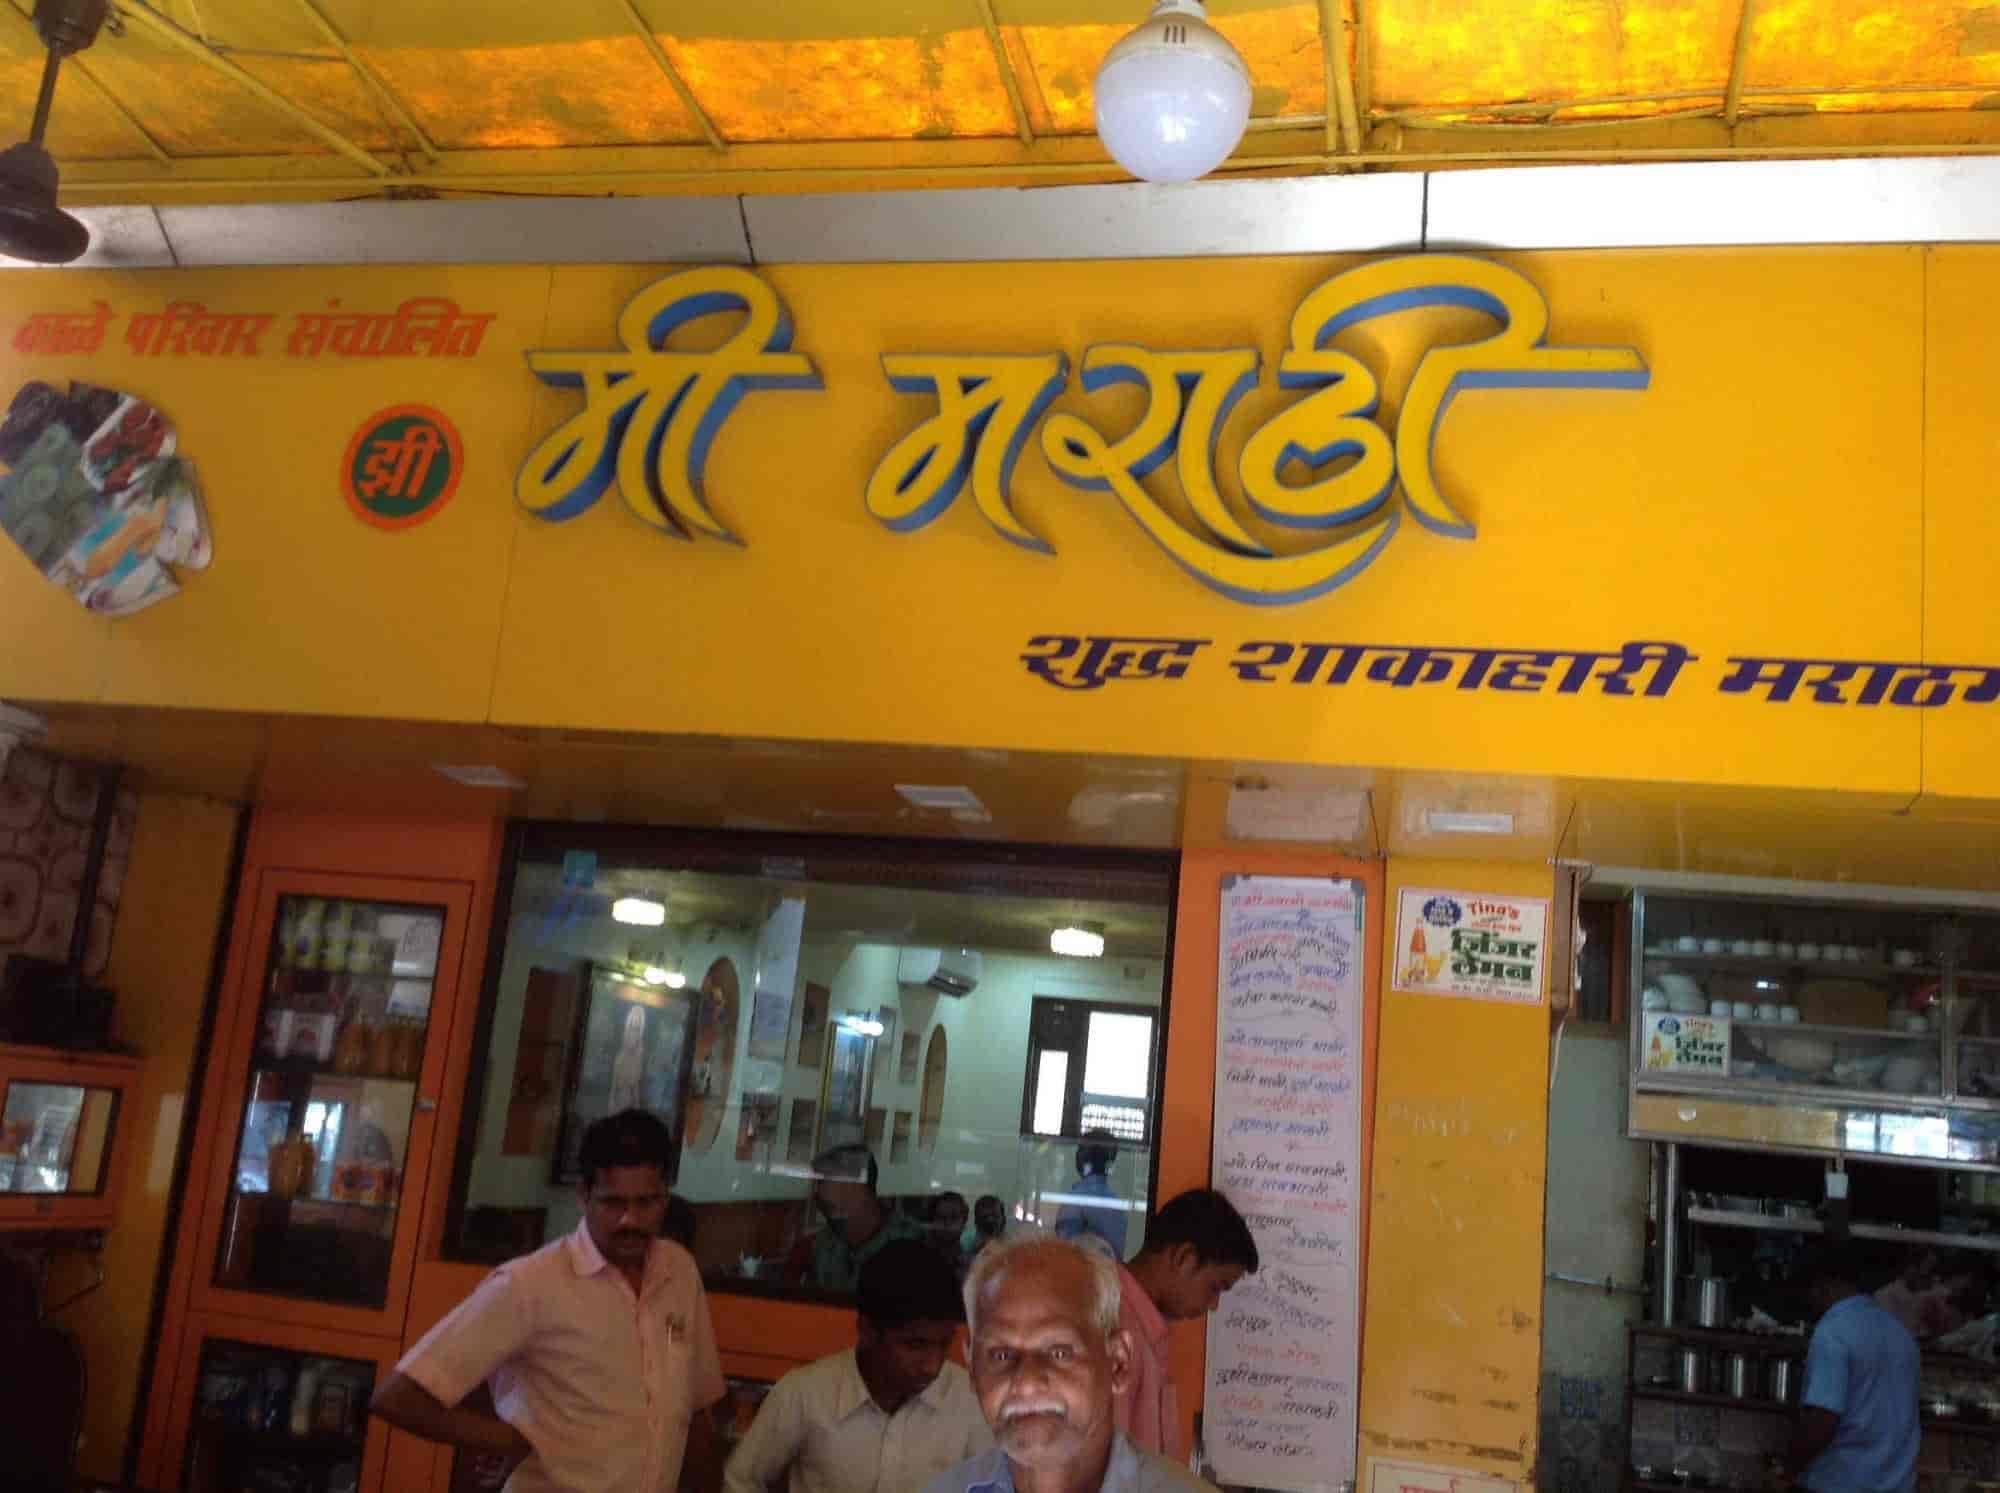
Language: marathi
Transcription: शुद्ध शाकाहारी मराठा परिवार संचालित मी मराठी झी काळे